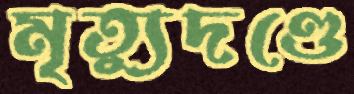
মৃত্যুদণ্ডে